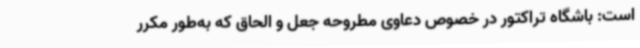
است: باشگاه تراکتور در خصوص دعاوی مطروحه جعل و الحاق که به‌طور مکرر